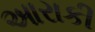
આરાકી